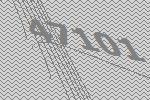
47101